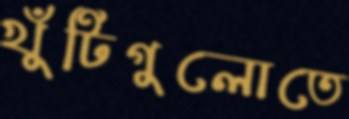
খুঁটিগুলোতে